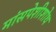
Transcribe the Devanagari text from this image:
मांसपेशीशोथ